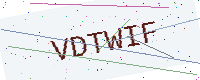
Text: VDTWIF